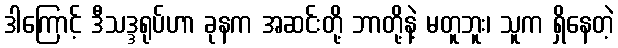
ဒါကြောင့် ဒီသဒ္ဒရုပ်ဟာ ခုနက အဆင်းတို့ ဘာတို့နဲ့ မတူဘူး၊ သူက ရှိနေတဲ့